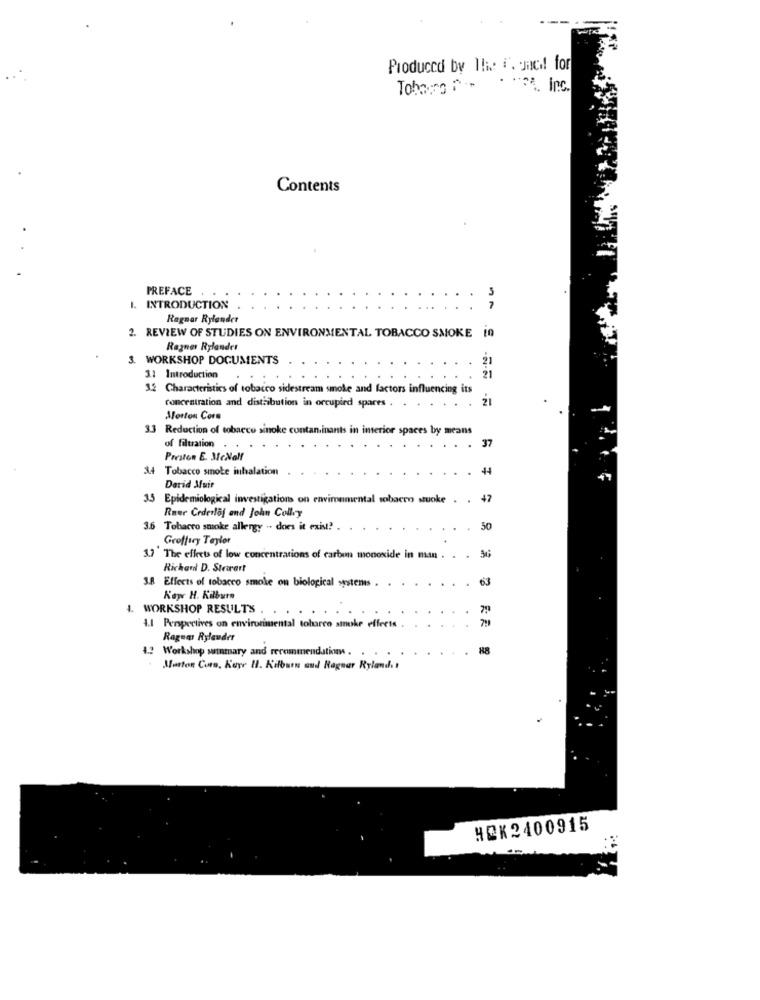
Produced by The i. qnc! for
Toberg
. ... inc.
Contents
PREFACE
1. INTRODUCTION
Ragnar Rylander
2. REVIEW OF STUDIES ON ENVIRONMENTAL TOBACCO SMOKE 10
Ragner Rylandet
3. WORKSHOP DOCUMENTS
21
3.1 Introduction
21
32 Characteristics of tobacco sidestream smole and factors influencing its
concentration and distribution in occupied spares .
Morton Cors
3.3 Reduction of tobacco sinoke contaminants in interior spaces by means
37
of filtration .
Preston E. McNall
34 Tobacco smoke inhalation
44
Derid Muir
35 Epidemiological investigation on environmental sobacco suoke . . 47
Rner Crderloj and John Colly
3.6 Tobacco smoke allergy -. does it exist? .
50
Geoffrey Taylor
1.7 The effects of low concentrations of carbon monoxide in man . . . 36
Richard D. Strarart
3.8 Effects of tobacco smoke on biological systems
63
Kay H. Kilburn
WORKSHOP RESULTS .
-
1.1 Perspectives on environmental tobarco smoke effects
Ragnar Rylauder
4.2 Workshop summary and recommendations .
Marton Com, Koye 11. Kilburn aud Ragnar Ryland .!
HOK2400915